Source: Handwritten
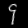
Digit: ၄ (4)